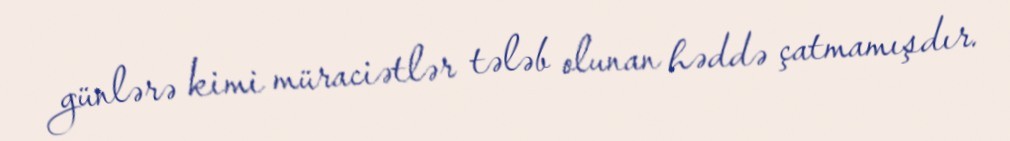
günlərə kimi müraciətlər tələb olunan həddə çatmamışdır.